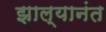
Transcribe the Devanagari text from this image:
झाल्यानंत